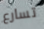
تسارع